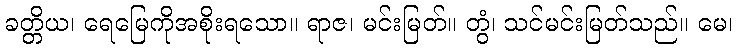
ခတ္တိယ၊ ရေမြေကိုအစိုးရသော။ ရာဇ၊ မင်းမြတ်။ တွံ၊ သင်မင်းမြတ်သည်။ မေ၊